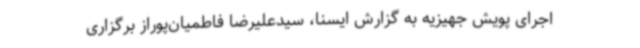
اجرای پویش جهیزیه به گزارش ایسنا، سیدعلیرضا فاطمیان‌پوراز برگزاری